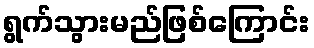
ရွက်သွားမည်ဖြစ်ကြောင်း